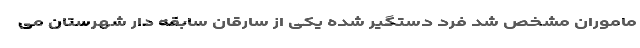
ماموران مشخص شد فرد دستگیر شده یکی از سارقان سابقه دار شهرستان می